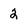
Character: 2